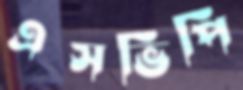
এসভিপি